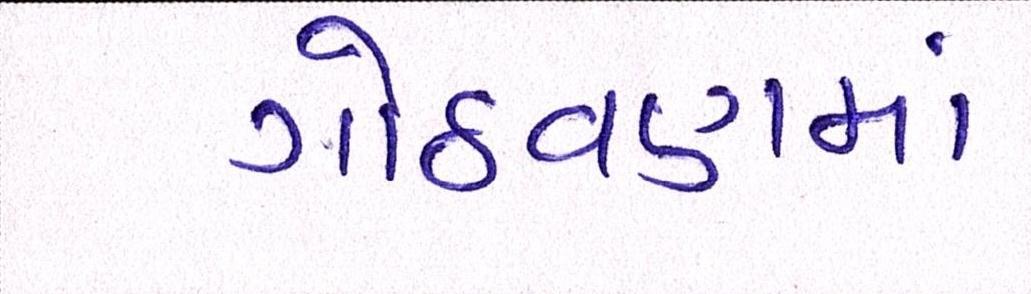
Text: ગોઠવણમાં